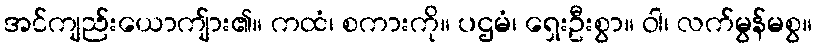
အင်ကျည်းယောကျ်ား၏။ ကထံ၊ စကားကို။ ပဌမံ၊ ရှေးဦးစွာ။ ဝါ၊ လက်မွန်မစွ။